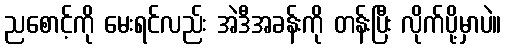
ညစောင့်ကို မေးရင်လည်း အဲဒီအခန်းကို တန်းပြီး လိုက်ပို့မှာပဲ။